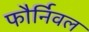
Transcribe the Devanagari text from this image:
फौर्निवल